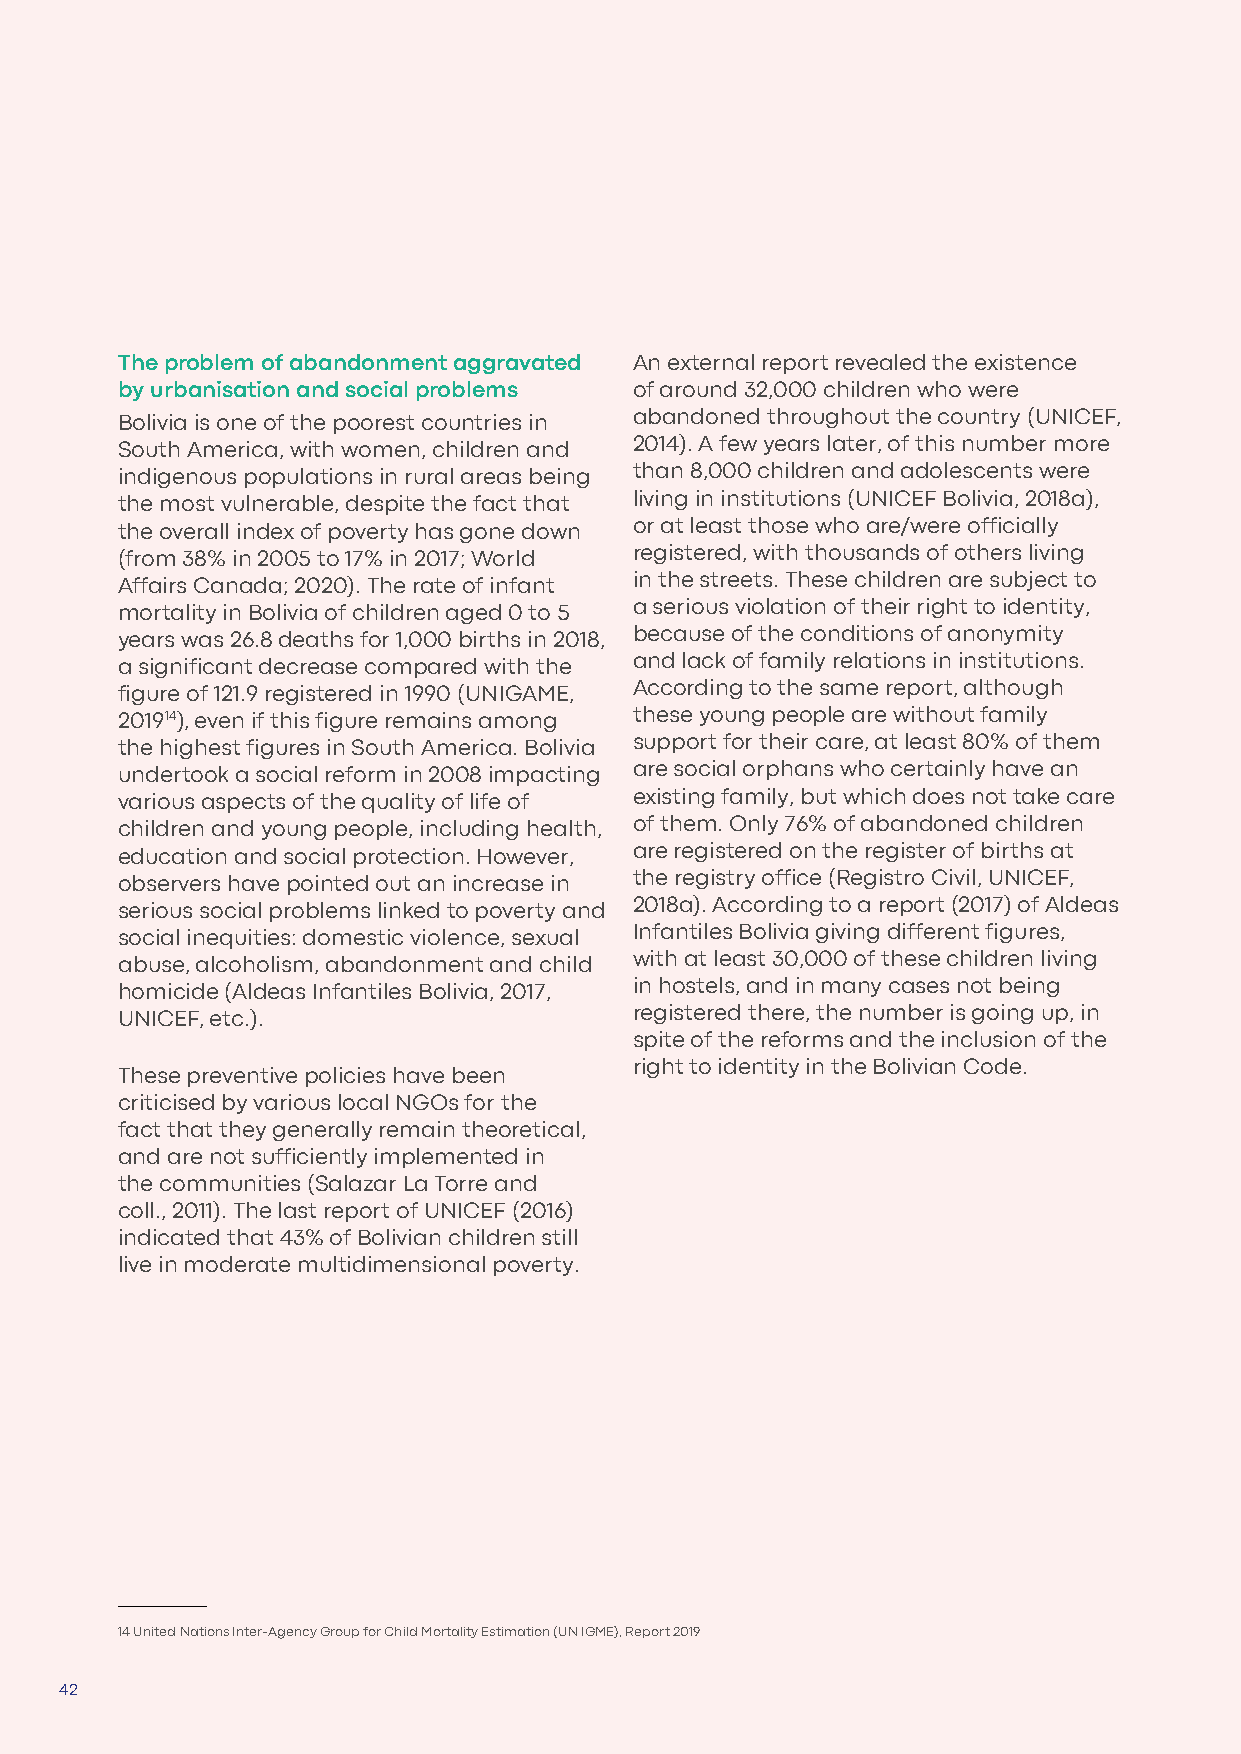
The problem of abandonment aggravated An external report revealed the existence
 by urbanisation and social problems of around 32,000 children who were
 Bolivia is one of the poorest countries in abandoned throughout the country (UNICEF,
 South America, with women, children and 2014). A few years later, of this number more
 indigenous populations in rural areas being than 8,000 children and adolescents were
 the most vulnerable, despite the fact that living in institutions (UNICEF Bolivia, 2018a),
 the overall index of poverty has gone down or at least those who are/were officially
 (from 38% in 2005 to 17% in 2017; World registered, with thousands of others living
 Affairs Canada; 2020). The rate of infant in the streets. These children are subject to
 mortality in Bolivia of children aged 0 to 5 a serious violation of their right to identity,
 years was 26.8 deaths for 1,000 births in 2018, because of the conditions of anonymity
 a significant decrease compared with the and lack of family relations in institutions.
 figure of 121.9 registered in 1990 (UNIGAME, According to the same report, although
 201914), even if this figure remains among these young people are without family
 the highest figures in South America. Bolivia support for their care, at least 80% of them
 undertook a social reform in 2008 impacting are social orphans who certainly have an
 various aspects of the quality of life of existing family, but which does not take care
 children and young people, including health, of them. Only 76% of abandoned children
 education and social protection. However, are registered on the register of births at
 observers have pointed out an increase in the registry office (Registro Civil, UNICEF,
 serious social problems linked to poverty and 2018a). According to a report (2017) of Aldeas
 social inequities: domestic violence, sexual Infantiles Bolivia giving different figures,
 abuse, alcoholism, abandonment and child with at least 30,000 of these children living
 homicide (Aldeas Infantiles Bolivia, 2017, in hostels, and in many cases not being
 UNICEF, etc.).                    registered there, the number is going up, in
 spite of the reforms and the inclusion of the
 right to identity in the Bolivian Code.
 These preventive policies have been
 criticised by various local NGOs for the
 fact that they generally remain theoretical,
 and are not sufficiently implemented in
 the communities (Salazar La Torre and
 coll., 2011). The last report of UNICEF (2016)
 indicated that 43% of Bolivian children still
 live in moderate multidimensional poverty.
 14 United Nations Inter-Agency Group for Child Mortality Estimation (UN IGME), Report 2019
 42